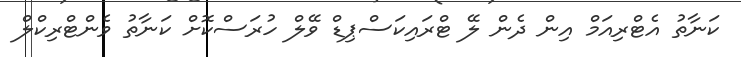
ކަނާތު އެޓްރިއަމް އިން ދެން ލޭ ޓްރައިކަސްޕިޑް ވޭލް ހުރަސްކޮށް ކަނާތު ވެންޓްރިކްލް